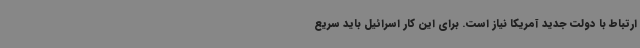
ارتباط با دولت جدید آمریکا نیاز است. برای این کار اسرائیل باید سریع